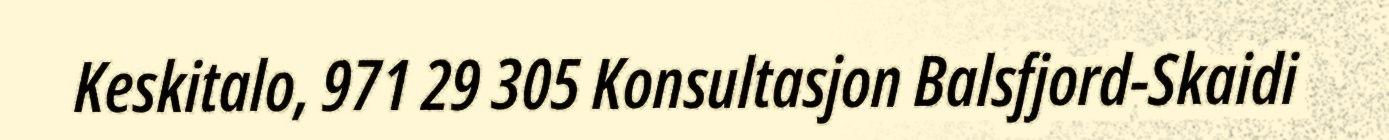
Keskitalo, 971 29 305 Konsultasjon Balsfjord-Skaidi